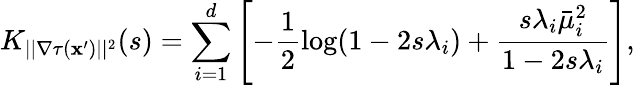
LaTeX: K_{||\nabla\tau(\mathbf{x}^{\prime})||^{2}}(s)=\sum_{i=1}^{d}\left[-\frac{{1}}{{2}}\log(1-2s\lambda_{i})+\frac{{s\lambda_{i}\bar{{\mu}}_{i}^{2}}}{{1-2s\lambda_{i}}}\right],